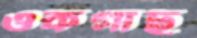
ওকগাছ